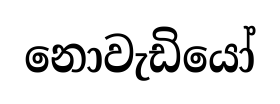
නොවැඩියෝ